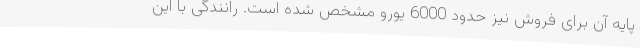
پایه آن برای فروش نیز حدود 6000 یورو مشخص شده است. رانندگی با این